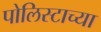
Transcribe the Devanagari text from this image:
पोलिस्टाच्या